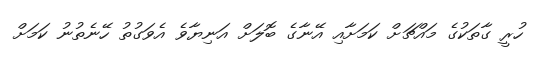
ހުރީ ގާތަކުގެ މައްޗަށް ކަމަށާއި އޭނާގެ ބޮލަށް އަނިޔާވެ އެވަގުތު ހޭނެތުނު ކަމަށް